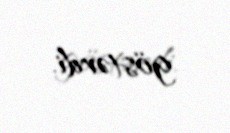
göstərdi.